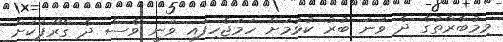
މިމުބާރާތުގެ ދެ ވަނަ ބުރު ކުޅުމަށް ހަމަޖެހިފައި ވަނީ ވެސް ދެ ގްރޫޕަކަށް